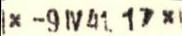
x -9IV41. 17x